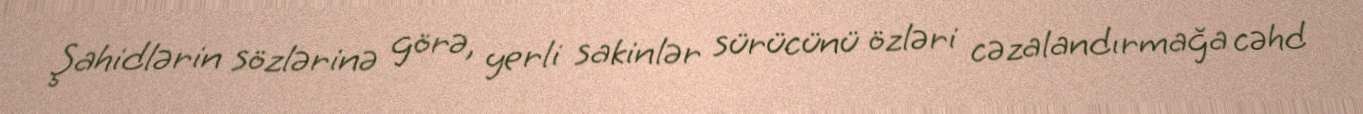
Şahidlərin sözlərinə görə, yerli sakinlər sürücünü özləri cəzalandırmağa cəhd